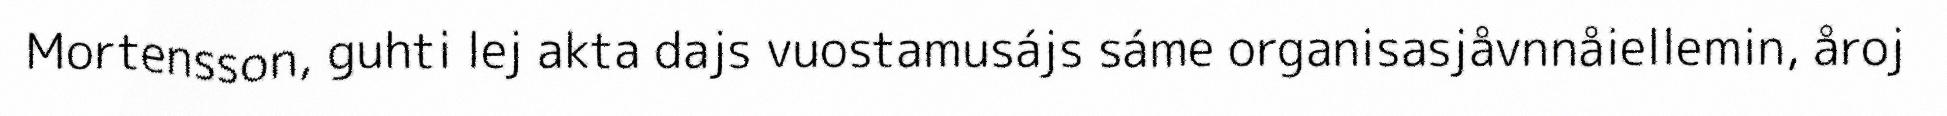
Mortensson, guhti lej akta dajs vuostamusájs sáme organisasjåvnnåiellemin, åroj